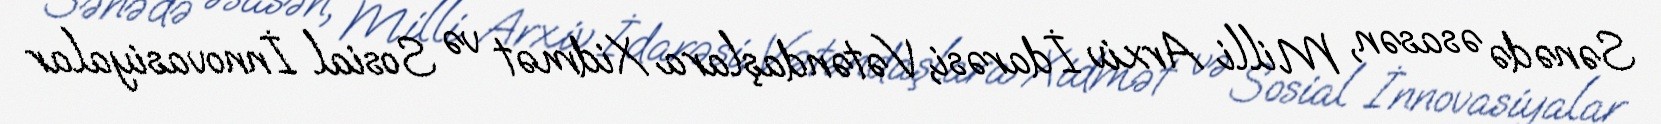
Sənədə əsasən, Milli Arxiv İdarəsi, Vətəndaşlara Xidmət və Sosial İnnovasiyalar